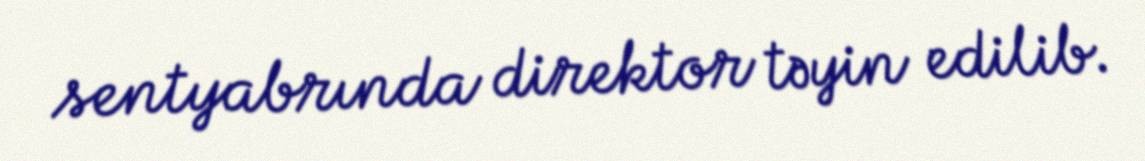
sentyabrında direktor təyin edilib.